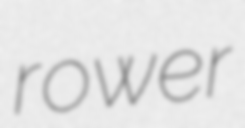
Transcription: rower